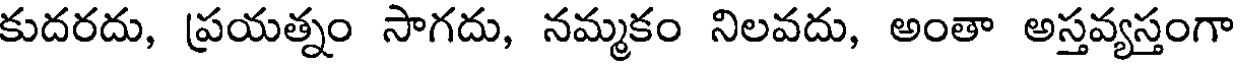
కుదరదు, ప్రయత్నం సాగదు, నమ్మకం నిలవదు, అంతా అస్తవ్యస్తంగా